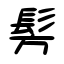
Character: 髣